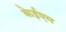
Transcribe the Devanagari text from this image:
केईएम